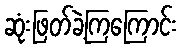
ဆုံးဖြတ်ခဲ့ကြကြောင်း